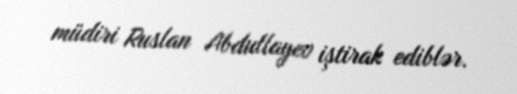
müdiri Ruslan Abdullayev iştirak ediblər.